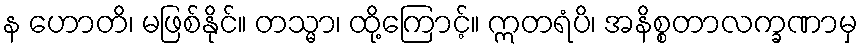
န ဟောတိ၊ မဖြစ်နိုင်။ တသ္မာ၊ ထို့ကြောင့်။ ဣတရံပိ၊ အနိစ္စတာလက္ခဏာမှ